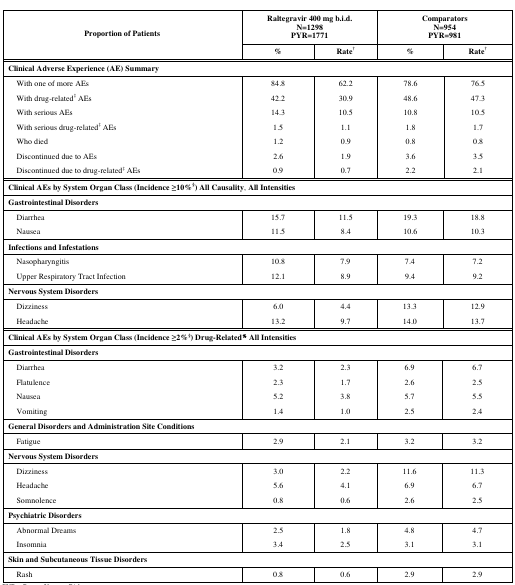
<table><thead><tr><td rowspan="3"><b>Proportion of Patients</b></td><td colspan="3"><b>Raltegravir 400 mg b.i.d. N=1298 PYR=1771</b></td><td colspan="4"><b>Comparators N=954 PYR=981</b></td></tr><tr><td><b>%</b></td><td colspan="2"><b>Rate†</b></td><td colspan="2"><b>%</b></td><td colspan="2"><b>Rate†</b></td></tr></thead><tbody><tr><td colspan="8"><b>Clinical Adverse Experience (AE) Summary</b></td></tr><tr><td> With one of more AEs</td><td>84.8</td><td colspan="2">62.2</td><td colspan="3">78.6</td><td>76.5</td></tr><tr><td> With drug-related‡ AEs</td><td>42.2</td><td colspan="2">30.9</td><td colspan="3">48.6</td><td>47.3</td></tr><tr><td> With serious AEs</td><td>14.3</td><td colspan="2">10.5</td><td colspan="3">10.8</td><td>10.5</td></tr><tr><td> With serious drug-related‡ AEs</td><td>1.5</td><td colspan="2">1.1</td><td colspan="3">1.8</td><td>1.7</td></tr><tr><td> Who died</td><td>1.2</td><td colspan="2">0.9</td><td colspan="3">0.8</td><td>0.8</td></tr><tr><td> Discontinued due to AEs</td><td>2.6</td><td colspan="2">1.9</td><td colspan="3">3.6</td><td>3.5</td></tr><tr><td> Discontinued due to drug-related‡ AEs</td><td>0.9</td><td colspan="2">0.7</td><td colspan="3">2.2</td><td>2.1</td></tr><tr><td colspan="8"><b>Clinical AEs by System Organ Class (Incidence ≥10%§) All Causality</b>,<b> All Intensities</b></td></tr><tr><td colspan="8"><b>Gastrointestinal Disorders</b></td></tr><tr><td> Diarrhea</td><td>15.7</td><td colspan="2">11.5</td><td colspan="2">19.3</td><td colspan="2">18.8</td></tr><tr><td> Nausea</td><td>11.5</td><td colspan="2">8.4</td><td colspan="2">10.6</td><td colspan="2">10.3</td></tr><tr><td colspan="8"><b>Infections and Infestations</b></td></tr><tr><td> Nasopharyngitis</td><td>10.8</td><td>7.9</td><td colspan="3">7.4</td><td colspan="2">7.2</td></tr><tr><td> Upper Respiratory Tract Infection</td><td>12.1</td><td>8.9</td><td colspan="3">9.4</td><td colspan="2">9.2</td></tr><tr><td colspan="8"><b>Nervous System Disorders</b></td></tr><tr><td> Dizziness</td><td>6.0</td><td>4.4</td><td colspan="3">13.3</td><td colspan="2">12.9</td></tr><tr><td> Headache</td><td>13.2</td><td>9.7</td><td colspan="3">14.0</td><td colspan="2">13.7</td></tr><tr><td colspan="8"><b>Clinical AEs by System Organ Class (Incidence ≥2%§) Drug-Related% All Intensities</b></td></tr><tr><td colspan="8"><b>Gastrointestinal Disorders</b></td></tr><tr><td> Diarrhea</td><td>3.2</td><td>2.3</td><td colspan="2">6.9</td><td colspan="3">6.7</td></tr><tr><td> Flatulence</td><td>2.3</td><td>1.7</td><td colspan="2">2.6</td><td colspan="3">2.5</td></tr><tr><td> Nausea</td><td>5.2</td><td>3.8</td><td colspan="2">5.7</td><td colspan="3">5.5</td></tr><tr><td> Vomiting</td><td>1.4</td><td>1.0</td><td colspan="2">2.5</td><td colspan="3">2.4</td></tr><tr><td colspan="8"><b>General Disorders and Administration Site Conditions</b></td></tr><tr><td> Fatigue</td><td>2.9</td><td>2.1</td><td colspan="2">3.2</td><td colspan="3">3.2</td></tr><tr><td colspan="8"><b>Nervous System Disorders</b></td></tr><tr><td> Dizziness</td><td>3.0</td><td>2.2</td><td colspan="2">11.6</td><td colspan="3">11.3</td></tr><tr><td> Headache</td><td>5.6</td><td>4.1</td><td colspan="2">6.9</td><td colspan="3">6.7</td></tr><tr><td> Somnolence</td><td>0.8</td><td>0.6</td><td colspan="2">2.6</td><td colspan="3">2.5</td></tr><tr><td colspan="8"><b>Psychiatric Disorders</b></td></tr><tr><td> Abnormal Dreams</td><td>2.5</td><td>1.8</td><td colspan="2">4.8</td><td colspan="3">4.7</td></tr><tr><td> Insomnia</td><td>3.4</td><td>2.5</td><td colspan="2">3.1</td><td colspan="3">3.1</td></tr><tr><td colspan="8"><b>Skin and Subcutaneous Tissue Disorders</b></td></tr><tr><td> Rash</td><td>0.8</td><td>0.6</td><td colspan="2">2.9</td><td colspan="3">2.9</td></tr></tbody></table>